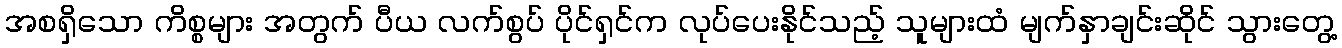
အစရှိသော ကိစ္စများ အတွက် ပီယ လက်စွပ် ပိုင်ရှင်က လုပ်ပေးနိုင်သည့် သူများထံ မျက်နှာချင်းဆိုင် သွားတွေ့